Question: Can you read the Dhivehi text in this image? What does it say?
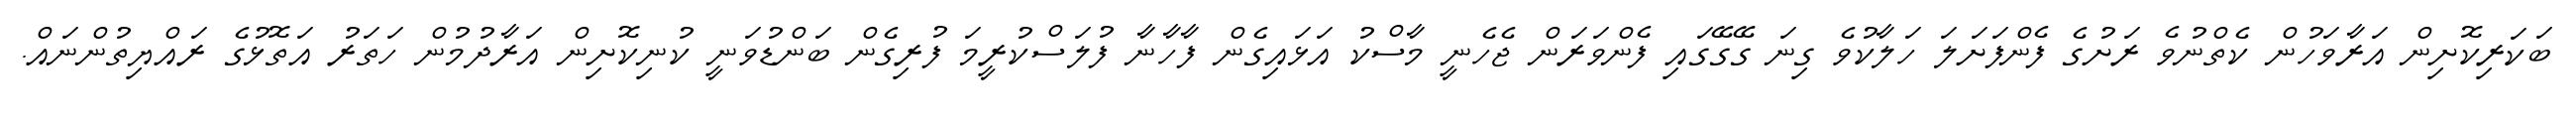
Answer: ބަކަރިކޮށިން އަރާވަހުން ކެތްނުވެ ރަށުގެ ފެންފަށަލަ ހަލާކުވެ ގިނަ ގޭގޭގައި ފެންވަރަން ޖެހެނީ މާސްކު އަޅައިގެން ފާހާނާ ފުލަސްކުރީމަ ފުރިގެން ބަންޑުވަނީ ކުނިކޮށިން އަރާދުމުން ހަތަރު އަތޮޅުގެ ރައްޔިތުންނައް.